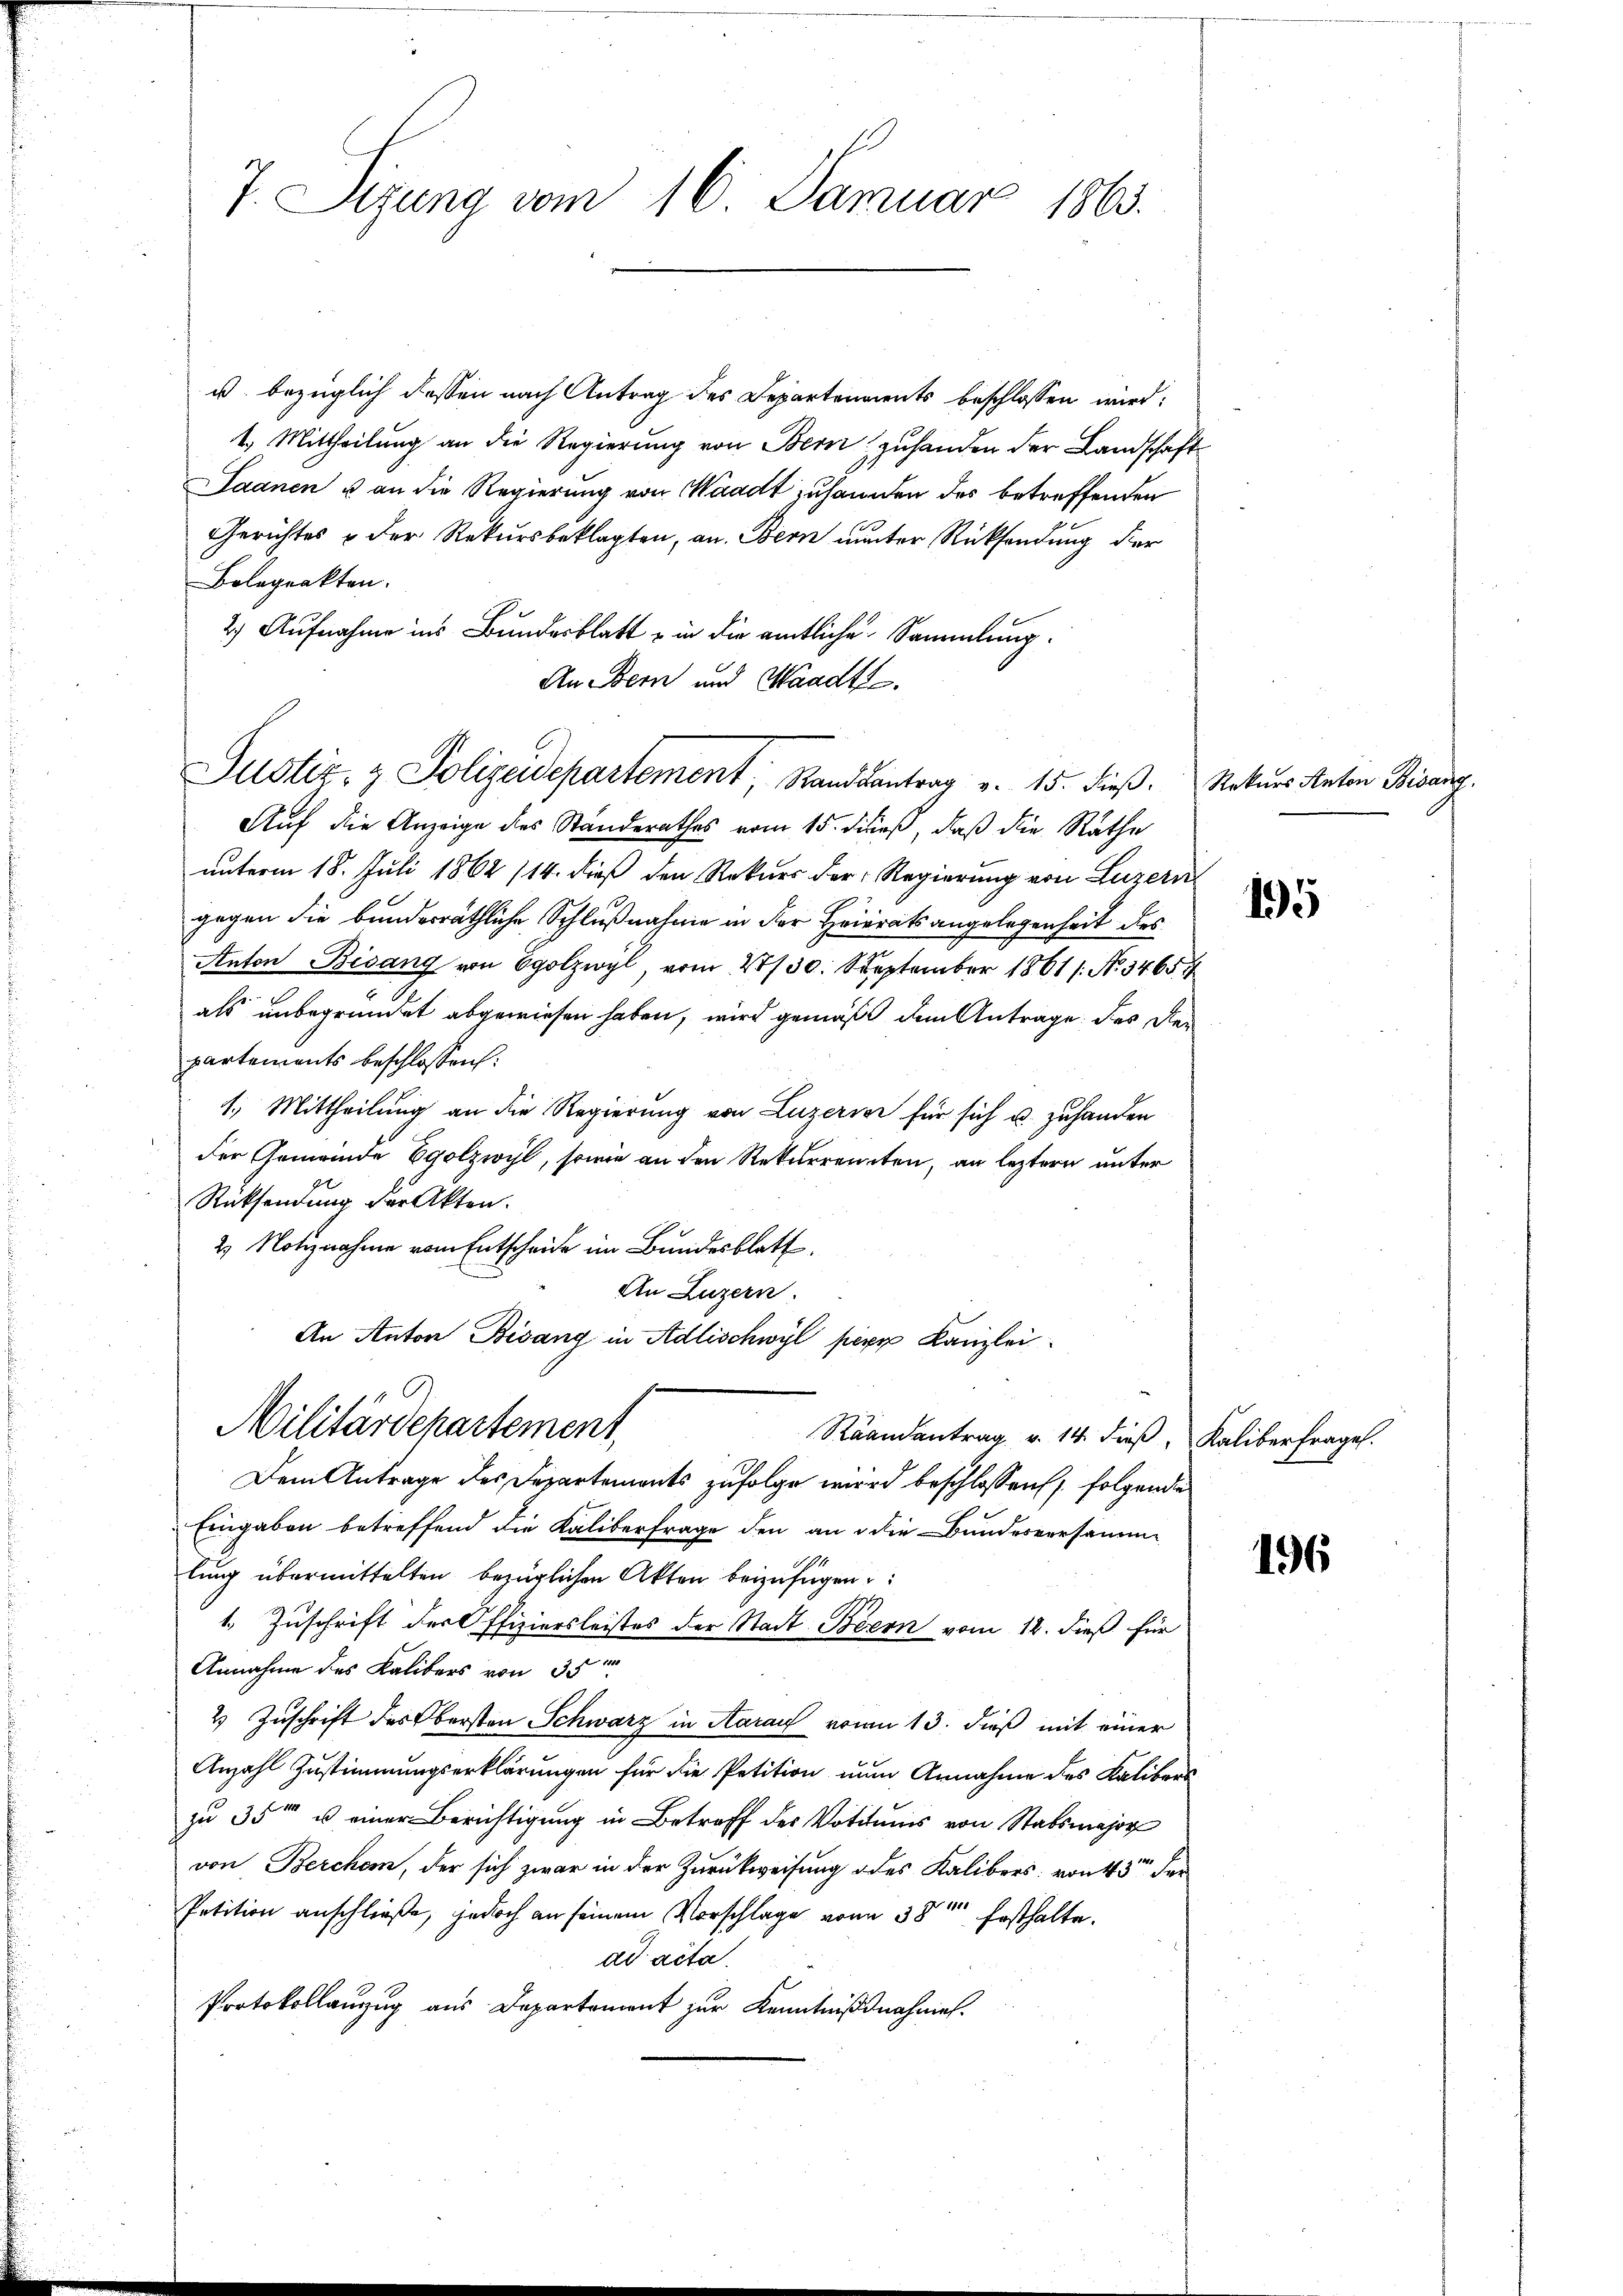
7. Sizung vom 16. Januar 1863.

u. bezüglich dessen nach Antrag des Departendents beschlossen wird:
1.) Mittheilung an die Regierung von Bern zuhanden der Landschaft
Saanen u an die Regierung von Waadt zuhanden des betreffenden
Gerichtes & der Rekursbeklagten, an. Bern unter Rücksendung der
Belegrakten.
2.) Aufnahme ins Bundesblatt in die amtliche Sammlung¬
An Bern und Waadtle.
Auf die Anzeige des Standerathes vom 15. dieß, daß die Räthe
unterm 18. Juli 1862 /14. dieß den Rekurs der Regierung von Luzern
gegen die bundesräthliche Schlußnahme in der Heiratsangelegenheit dies
Anton Bisang von Egolzwyl vom 28/30. September 1861 / No. 34654
e
als unbegründet abgewiesen haben, wird gemäß dem Antrage des der
partements beschlossen:
1.) Mittheilung an die Regierung von Luzerner für sich u. zuhanden
der Gemeinde Egolzwyl, sowie an den Rekurrenten, an leztern unter
Rücksendung der Akten.
2 Notiznahme vom Entscheide im Bundesblatt
An Luzern.
An Anton Bisang in Adlischwyl pere Kanzlei
Militärdepartement
Raandantrag v. 14. dieß Kaliber frages.
Dem Antrage des Departements zufolge wird beschlossen; folgende
Eingaben betreffend die Kaliberfrage den an die Bundesversamme
lung übermittelten bezüglichen Akten beizufügen:
1. Zuschrift der Offiziersleistes der Stadt Biern vom 12. dieß für
Annahme des Kalibers von 35
2 Zuschrift des Obersten Schwarz in Aarau vom 13. dieß mit einer
Anzahl Zustimmungserklärungen für die Petition nun Annahme des Kalibers
zu 35 u einer Berichtigung in Betreff des Votitums von Stabsmajor
von Berchen, der sich zwar in der Zurückweisung des Kalibers von 43 der
Petition anschließe, jedoch an seinem Vorschlage von 18ten festhalte.
ad acta.
Protokollanzug aus Departement zur Kenntnißnahmen.

Justiz- & Polizeidepartement. Standsantrag v. 15. dieß.

Rekurs Anton Bisang.

195

196